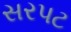
સરપટ